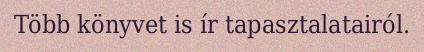
Több könyvet is ír tapasztalatairól.